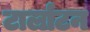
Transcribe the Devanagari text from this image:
टार्लाटन